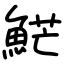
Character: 𩷶